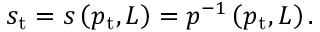
s _ { \mathrm { t } } = s \left( p _ { \mathrm { t } } , L \right) = p ^ { - 1 } \left( p _ { \mathrm { t } } , L \right) .